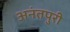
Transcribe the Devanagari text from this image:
अनंतपुरी